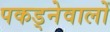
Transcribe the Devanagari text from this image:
पकड्नेवालों